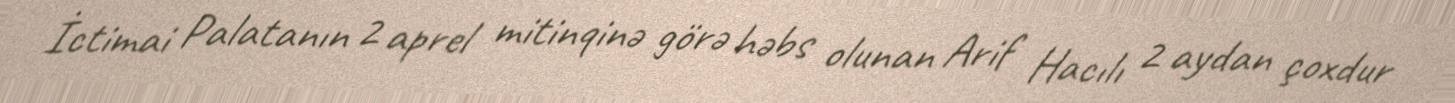
İctimai Palatanın 2 aprel mitinqinə görə həbs olunan Arif Hacılı 2 aydan çoxdur